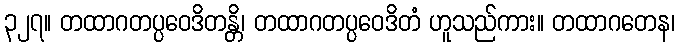
၃၂၇။ တထာဂတပ္ပဝေဒိတန္တိ၊ တထာဂတပ္ပဝေဒိတံ ဟူသည်ကား။ တထာဂတေန၊